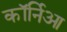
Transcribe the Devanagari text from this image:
कॉर्निआ